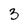
Character: 3